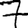
Digit: 7